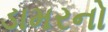
ડામરનો